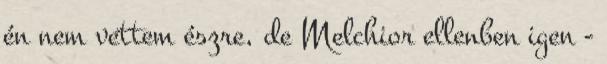
én nem vettem észre, de Melchior ellenben igen -